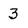
Character: 3